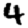
Digit: 4